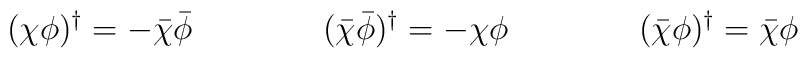
(\chi\phi)^{\dagger} = -\bar \chi \bar \phi\qquad\qquad(\bar \chi\bar\phi)^{\dagger} = -\chi\phi\qquad\qquad(\bar \chi\phi)^{\dagger} = \bar \chi  \phi